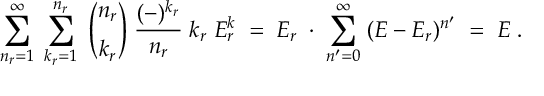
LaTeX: \ \sum _ { n _ { r } = 1 } ^ { \infty } \; \sum _ { k _ { r } = 1 } ^ { n _ { r } } \; { \binom { n _ { r } } { k _ { r } } } \; \frac { ( - ) ^ { k _ { r } } } { n _ { r } } \; k _ { r } \; E _ { r } ^ { k } \; = \; E _ { r } \; \cdot \; \sum _ { n ^ { \prime } = 0 } ^ { \infty } \; ( E - E _ { r } ) ^ { n ^ { \prime } } \; = \; E \; .